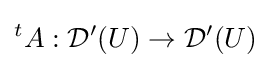
{}^{t}A:{\mathcal {D}}'(U)\to {\mathcal {D}}'(U)